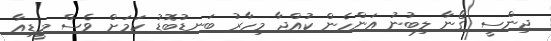
ޖިންސީ ގޯނާ ލިބުނު އަންހެން ކުއްޖާ މިހާރު ބަނޑުބޮޑު ކަމަށް ވެސް މީޑިއާ